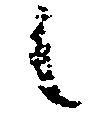
候